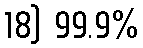
18) 99.9%